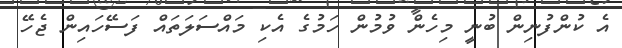
އެ ކުންފުނިން ބުނީ މިހެން ވުމުން ހަމުގެ އެކި މައްސަލަތައް ފަސޭހައިން ޖެހޭ